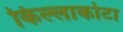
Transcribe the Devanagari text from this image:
किल्लाकोटा